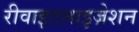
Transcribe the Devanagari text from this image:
रीवाइटलाइज़ेशन